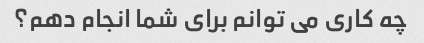
چه کاری می توانم برای شما انجام دهم؟